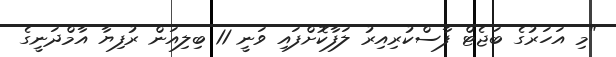
"މި އަހަރުގެ ބަޖެޓް ފާސްކުރިއިރު ލަފާކޮށްފައި ވަނީ 11 ބިލިއަން ރުފިޔާ އާމްދަނީގެ